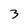
Character: 3